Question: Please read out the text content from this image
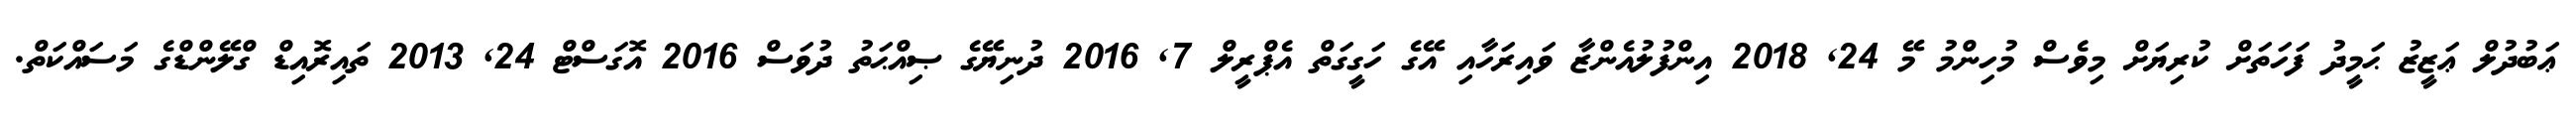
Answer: ޢަބުދުލް ޢަޒީޒު ޙަމީދު ފަހަތަށް ކުރިޔަށް މިވެސް މުހިންމު މޭ 24, 2018 އިންފުލުއެންޒާ ވައިރަހާއި އޭގެ ހަގީގަތް އެޕްރީލް 7, 2016 ދުނިޔޭގެ ޞިއްޙަތު ދުވަސް 2016 އޮގަސްޓް 24, 2013 ތައިރޮއިޑް ގްލޭންޑްގެ މަސައްކަތް.